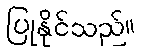
ပြုနိုင်သည်။